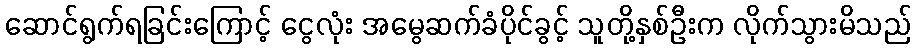
ဆောင်ရွက်ရခြင်းကြောင့် ငွေလုံး အမွေဆက်ခံပိုင်ခွင့် သူတို့နှစ်ဦးက လိုက်သွားမိသည်